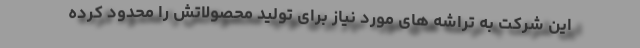
این شرکت به تراشه های مورد نیاز برای تولید محصولاتش را محدود کرده